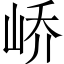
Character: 峤